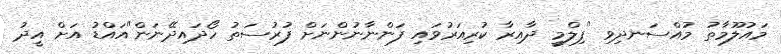
މައުލޫމާތު މުއްސަނދިވި "ފިލްމީ ދާއިރާ ކުރިއަރުވައި ފަންނާނުންނަށް ފުރުސަތު ހޯދައިދޭނަން"އައްޑު އަށް އީދު